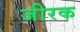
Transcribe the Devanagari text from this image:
जीरक